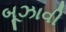
બૂઝાવી